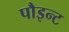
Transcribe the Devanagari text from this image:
पौइन्ट